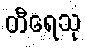
တီရေသု